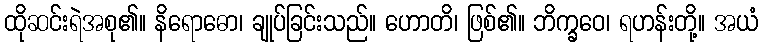
ထိုဆင်းရဲအစု၏။ နိရောဓော၊ ချုပ်ခြင်းသည်။ ဟောတိ၊ ဖြစ်၏။ ဘိက္ခဝေ၊ ရဟန်းတို့။ အယံ